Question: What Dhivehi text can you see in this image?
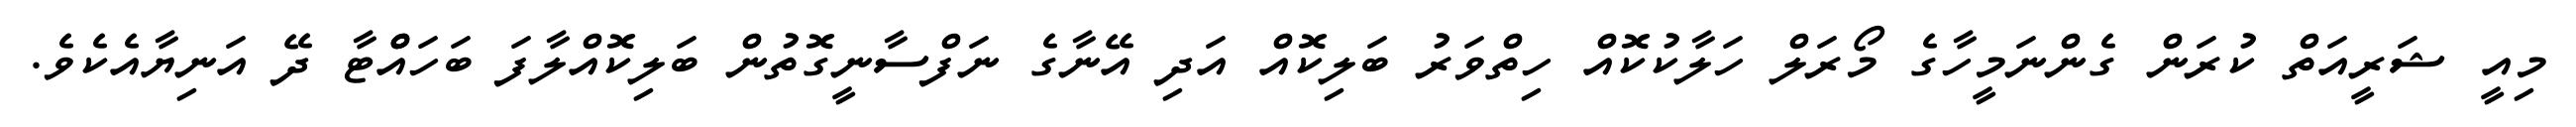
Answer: މިއީ ޝަރީއަތް ކުރަން ގެންނަމީހާގެ މޯރަލް ހަލާކުކޮއް ހިތްވަރު ބަލިކޮއް އަދި އޭނާގެ ނަފްސާނީގޮތުން ބަލިކޮއްލާފަ ބަހައްްޓާ ދޭ އަނިޔާއެކެވެ.